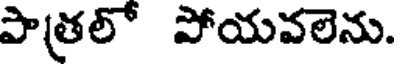
పాత్రలో పోయవలెను.